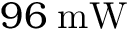
9 6 \; \mathrm { m W }